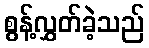
စွန့်လွှတ်ခဲ့သည်